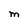
Character: M